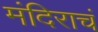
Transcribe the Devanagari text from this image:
मंदिराचं